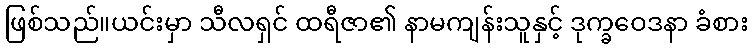
ဖြစ်သည်။ယင်းမှာ သီလရှင် ထရီဇာ၏ နာမကျန်းသူနှင့် ဒုက္ခဝေဒနာ ခံစား